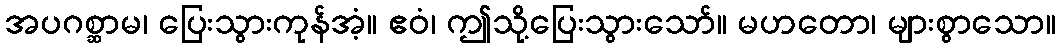
အပဂစ္ဆာမ၊ ပြေးသွားကုန်အံ့။ ဧဝံ၊ ဤသို့ပြေးသွားသော်။ မဟတော၊ များစွာသော။